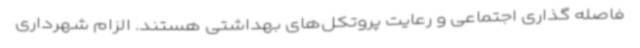
فاصله گذاری اجتماعی و رعایت پروتکل‌های بهداشتی هستند. الزام شهرداری